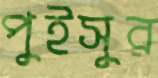
পুইসুর